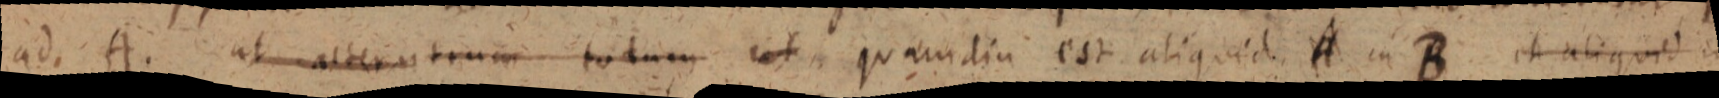
ad. A. ut alteratrum totum ut quamdiu est aliquid A in B et aliquid in